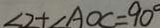
\angle 2 + \angle A O C = 9 0 ^ { \circ }